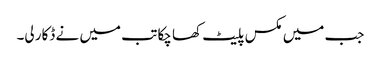
جب میں مکس پلیٹ کھا چکا تب میں نے ڈکار لی۔